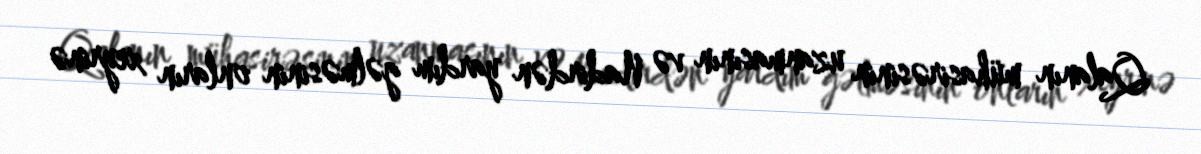
Qalanın mühasirəsinin uzanmasının və Nadirdən yardım gəlməsinin onların xeyrinə